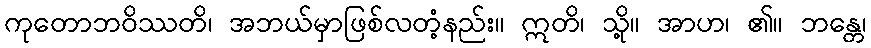
ကုတောဘဝိဿတိ၊ အဘယ်မှာဖြစ်လတံ့နည်း။ ဣတိ၊ သို့။ အာဟ၊ ၏။ ဘန္တေ၊